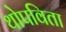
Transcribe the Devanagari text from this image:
थोपविता